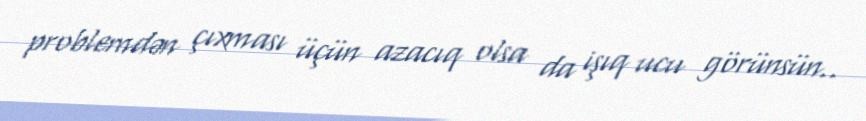
problemdən çıxması üçün azacıq olsa da işıq ucu görünsün..